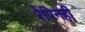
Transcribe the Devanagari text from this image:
रेपिनही